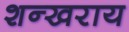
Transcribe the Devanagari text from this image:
शन्खराय